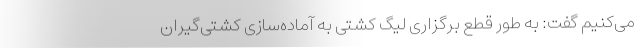
می‌کنیم گفت: به طور قطع برگزاری لیگ کشتی به آماده‌سازی کشتی‌گیران